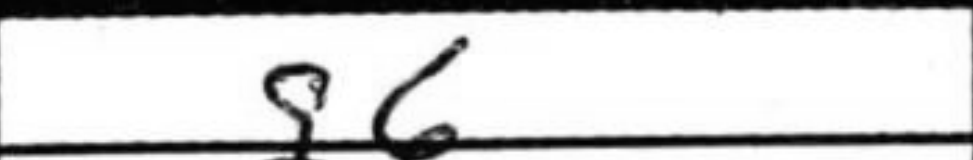
Transcription: g6